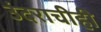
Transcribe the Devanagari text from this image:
उंदराचीही